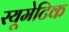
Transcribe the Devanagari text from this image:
रयूमेटिक